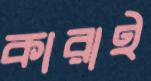
কারাই